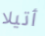
أتيلا